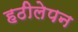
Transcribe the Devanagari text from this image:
हठीलेपन